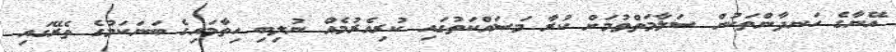
އޭނާގެ ހަނދާންތަކުން ސަލާމަތްވުމަށް ކުރާ މަސައްކަތުގައި ކުރިއެރުމެއް ނުލިބި ހިތާމައިގެ ބަނަކަމުގެ ތެރޭގައި